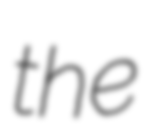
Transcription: the